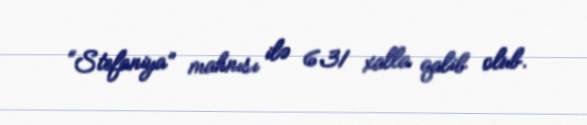
“Stefaniya” mahnısı ilə 631 xalla qalib olub.